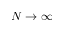
N \rightarrow \infty